Note on the mental hospitals in Burma - 1925-1940
Year: 1925
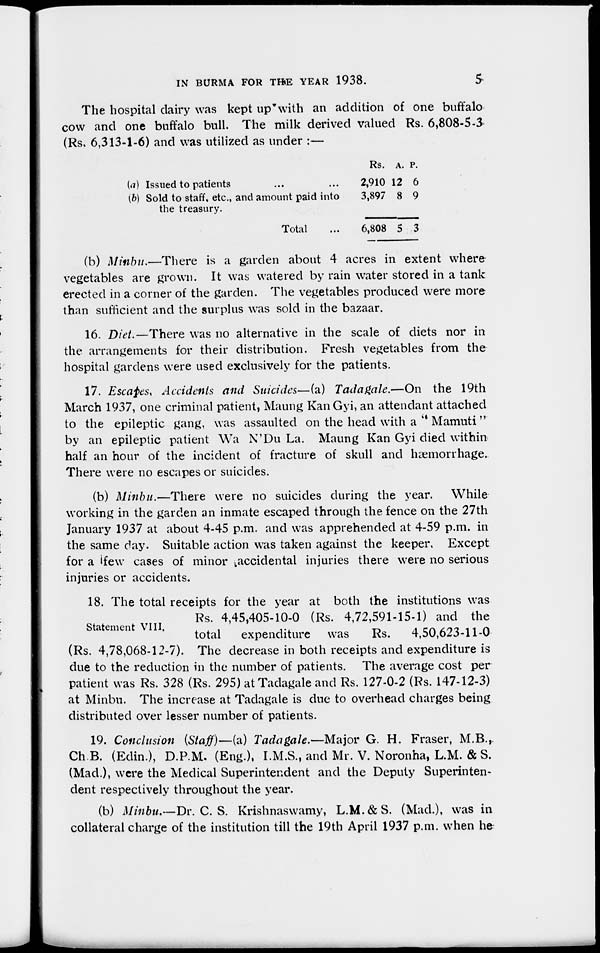
IN BURMA FOR THE YEAR 1938.
5
The hospital dairy was kept up with an addition of one buffalo
cow and one buffalo bull. The milk derived valued Rs. 6,808-5-3
(Rs, 6,313-1-6) and was utilized as under :—
(a) Issued to patients ... ...
(b) Sold to staff, etc., and amount paid into
the treasury.
Total ...
Rs.
2,910
3,897
6,808
A.
12
8
5
P.
6
9
3
(b) Minbu.—There is a garden about 4 acres in extent where
vegetables are grown. It was watered by rain water stored in a tank
erected in a corner of the garden. The vegetables produced were more
than sufficient and the surplus was sold in the bazaar.
16. Diet.—There was no alternative in the scale of diets nor in
the arrangements for their distribution. Fresh vegetables from the
hospital gardens were used exclusively for the patients.
17. Escapes, Accidents and Suicides—(a) Tadagale.—On the 19th
March 1937, one criminal patient, Maung Kan Gyi, an attendant attached
to the epileptic gang, was assaulted on the head with a " Mamuti"
by an epileptic patient Wa N'Du La. Maung Kan Gyi died within
half an hour of the incident of fracture of skull and hæmorrhage.
There were no escapes or suicides.
(b) Minbu.—There were no suicides during the year. While
working in the garden an inmate escaped through the fence on the 27th
January 1937 at about 4-45 p.m. and was apprehended at 4-59 p.m. in
the same day. Suitable action was taken against the keeper. Except
for a few cases of minor accidental injuries there were no serious
injuries or accidents.
Statement VIII.
18. The total receipts for the year at both the institutions was
Rs. 4,45,405-10-0 (Rs. 4,72,591-15-1) and the
total expenditure was
Rs.
4,50,623-11-0
(Rs. 4,78,068-12-7). The decrease in both receipts and expenditure is
due to the reduction in the number of patients. The average cost per
patient was Rs. 328 (Rs. 295) at Tadagale and Rs. 127-0-2 (Rs. 147-12-3)
at Minbu. The increase at Tadagale is due to overhead charges being
distributed over lesser number of patients.
19. Conclusion (Staff)—(a) Tadagale.—Major G. H. Fraser, M.B.,
Ch.B. (Edin.), D.P.M. (Eng.), I.M.S., and Mr. V. Noronha, L.M. & S.
(Mad.), were the Medical Superintendent and the Deputy Superinten-
dent respectively throughout the year.
(b) Minbu.—Dr. C. S. Krishnaswamy, L.M. & S. (Mad.), was in
collateral charge of the institution till the 19th April 1937 p.m. when he